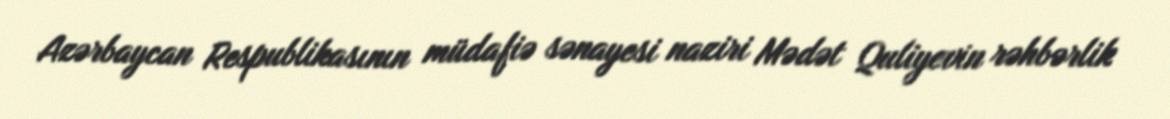
Azərbaycan Respublikasının müdafiə sənayesi naziri Mədət Quliyevin rəhbərlik